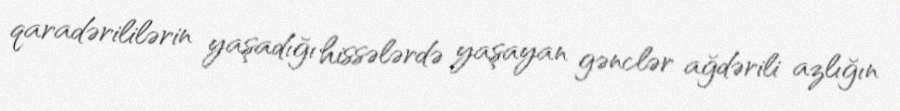
qaradərililərin yaşadığı hissələrdə yaşayan gənclər ağdərili azlığın